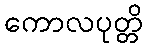
ကောလပုတ္တိ